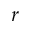
r